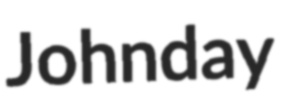
Johnday